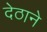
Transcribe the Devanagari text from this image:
देठाने